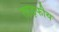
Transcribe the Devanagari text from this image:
ताड़फीय